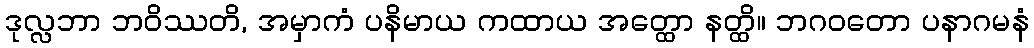
ဒုလ္လဘာ ဘဝိဿတိ, အမှာကံ ပနိမာယ ကထာယ အတ္ထော နတ္ထိ။ ဘဂဝတော ပနာဂမနံ